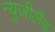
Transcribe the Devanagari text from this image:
न्युजीलैंड